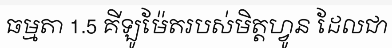
ធម្មតា 1.5 គីឡូម៉ែតរបស់មិត្តហ្វូន ដែលជា